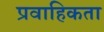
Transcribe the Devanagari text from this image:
प्रवाहिकता